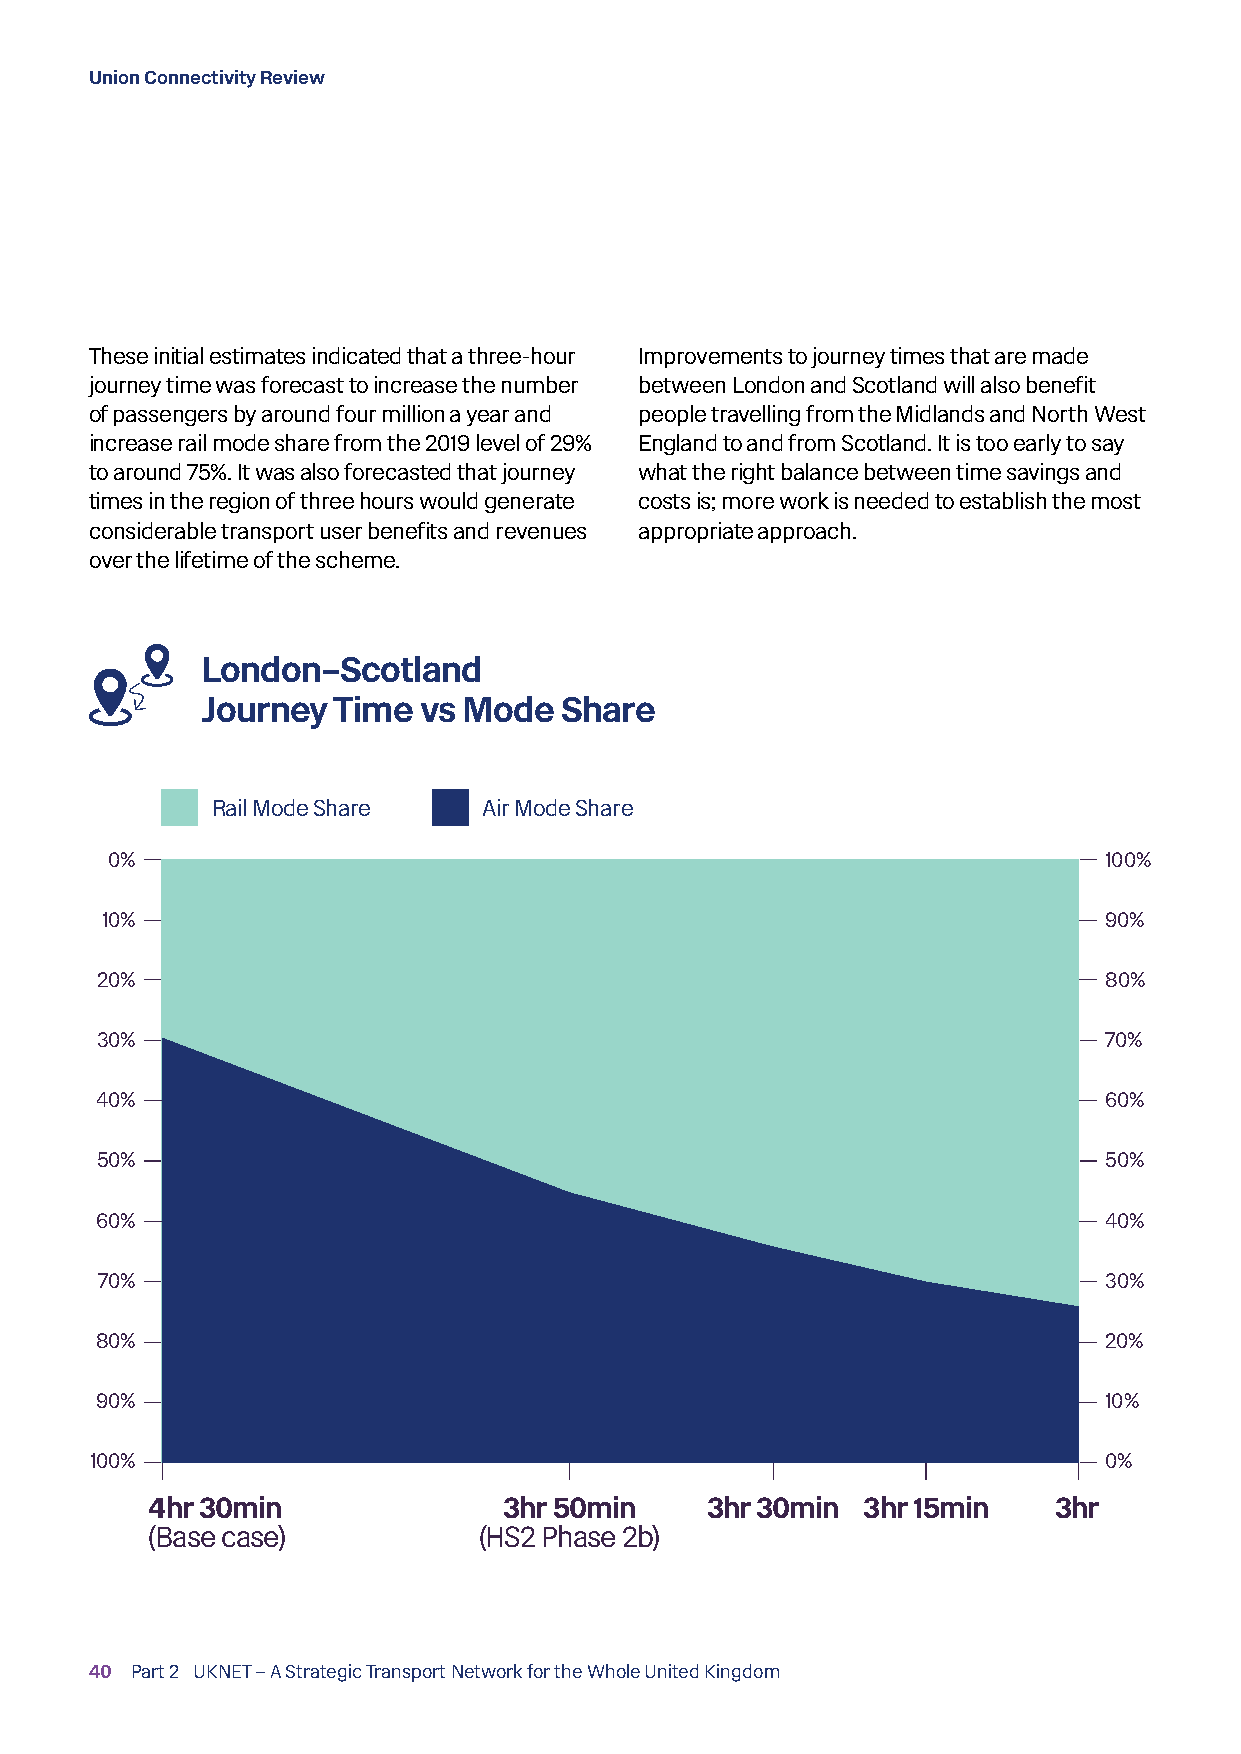
Union Connectivity Review
 These initial estimates indicated that a three-hour Improvements to journey times that are made
 journey time was forecast to increase the number between London and Scotland will also benefit
 of passengers by around four million a year and people travelling from the Midlands and North West
 increase rail mode share from the 2019 level of 29% England to and from Scotland. It is too early to say
 to around 75%. It was also forecasted that journey what the right balance between time savings and
 times in the region of three hours would generate costs is; more work is needed to establish the most
 considerable transport user benefits and revenues appropriate approach.
 over the lifetime of the scheme.
 London–Scotland
 Journey  Time  vs Mode  Share
 Rail Mode Share   Air Mode Share
 0%                                                                100%
 10%                                                               90%
 20%                                                                80%
 30%                                                                70%
 40%                                                                60%
 50%                                                                50%
 60%                                                                40%
 70%                                                               30%
 80%                                                                20%
 90%                                                                10%
 100%                                                               0%
 4hr 30min              3hr 50min     3hr 30min 3hr 15min    3hr
 (Base case)           (HS2 Phase 2b)
 40 Part 2 UKNET – A Strategic Transport Network for the Whole United Kingdom